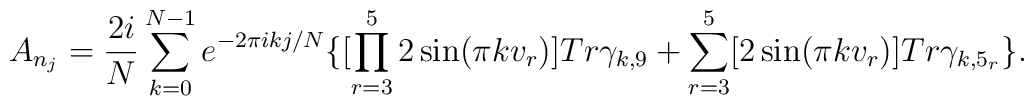
A_{n_j}=          \frac{2i}{N}\sum_{k=0}^{N-1}e^{-2\pi  i      kj/N}\{[   \prod_{r=3}^{5} 2  \sin   ( \pi    k  v_r  )  ] Tr\gamma_{k,9}   +\sum_{r=3}^{5} [ 2 \sin (\pi k v_r ) ] Tr \gamma_{k, 5_r}\}.